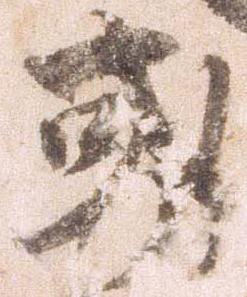
或